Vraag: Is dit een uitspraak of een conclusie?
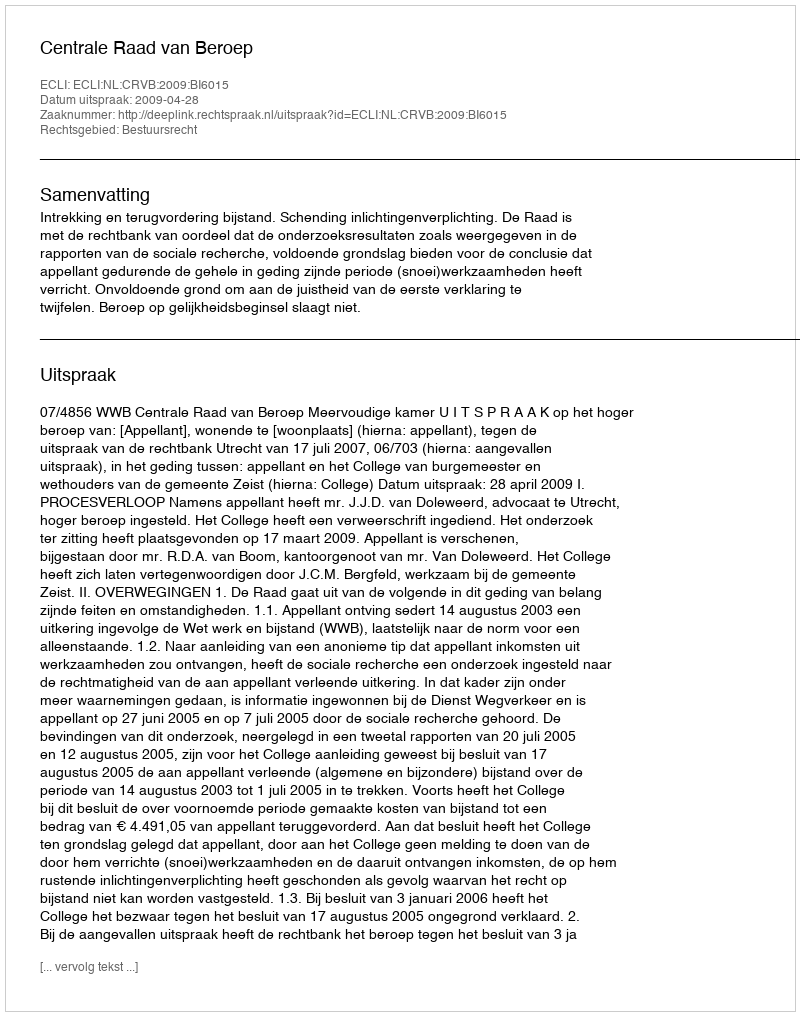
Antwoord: Uitspraak